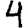
Digit: 4